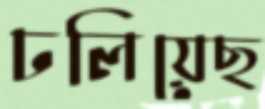
ঢলিয়েছ